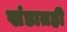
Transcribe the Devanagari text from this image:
खंडातही